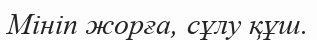
Мініп жорға, сұлу құш.